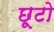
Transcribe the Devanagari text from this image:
छूटो